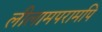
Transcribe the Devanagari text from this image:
लीलामपरामपि